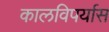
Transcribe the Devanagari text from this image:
कालविपर्यास